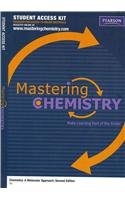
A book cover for MasteringChemistry -- Standalone Access Card -- for Chemistry: A Molecular Approach; Nivaldo J. Tro; Science & Math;